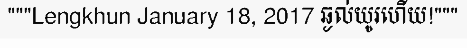
"""Lengkhun January 18, 2017 ឆ្ងល់យូរហើយ!"""